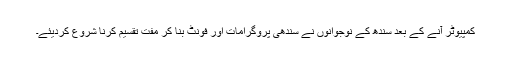
کمپیوٹر آنے کے بعد سندھ کے نوجوانوں نے سندھی پروگرامات اور فونٹ بنا کر مفت تقسیم کرنا شروع کردیئے۔